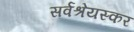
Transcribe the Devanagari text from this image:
सर्वश्रेयस्कर